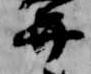
弁